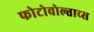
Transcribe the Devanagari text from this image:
फोटोवोल्ताच्स